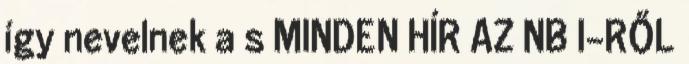
így nevelnek a s MINDEN HÍR AZ NB I-RŐL